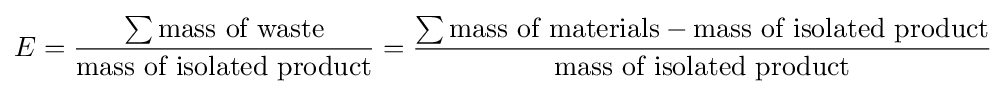
E={\frac {\sum {\text{mass of waste}}}{\text{mass of isolated product}}}={\frac {\sum {\text{mass of materials}}-{\text{mass of isolated product}}}{\text{mass of isolated product}}}